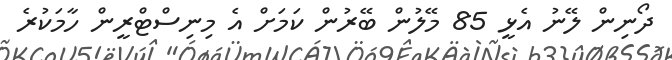
ދޯނިން ލޭނު އެޅީ 85 މޭލުން ބޭރުން ކަމަށް އެ މިނިސްޓްރީން ހާމަކުރެ